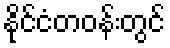
နိုင်ငံတဝန်းတွင်